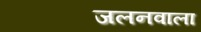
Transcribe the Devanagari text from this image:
जलनवाला